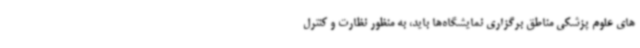
های علوم پزشکی مناطق برگزاری نمایشگاه‌ها باید، به منظور نظارت و کنترل